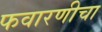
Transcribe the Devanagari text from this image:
फवारणीचा